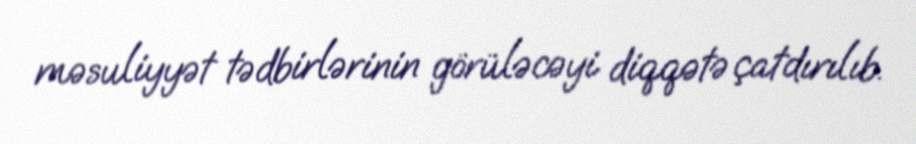
məsuliyyət tədbirlərinin görüləcəyi diqqətə çatdırılıb.